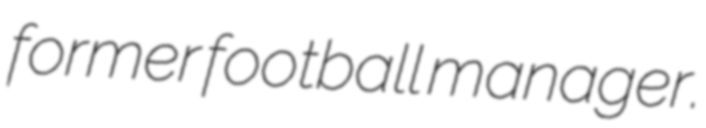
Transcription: former football manager.